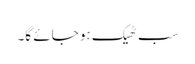
سب ٹھیک ہو جائے گا۔